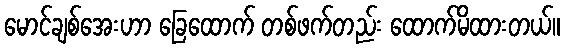
မောင်ချစ်အေးဟာ ခြေထောက် တစ်ဖက်တည်း ထောက်မိထားတယ်။